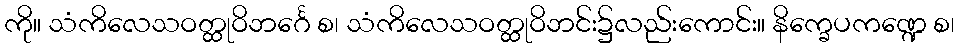
ကို။ သံကိလေသဝတ္ထုဝိဘင်္ဂေ စ၊ သံကိလေသဝတ္ထုဝိဘင်း၌လည်းကောင်း။ နိက္ခေပကဏ္ဍေ စ၊